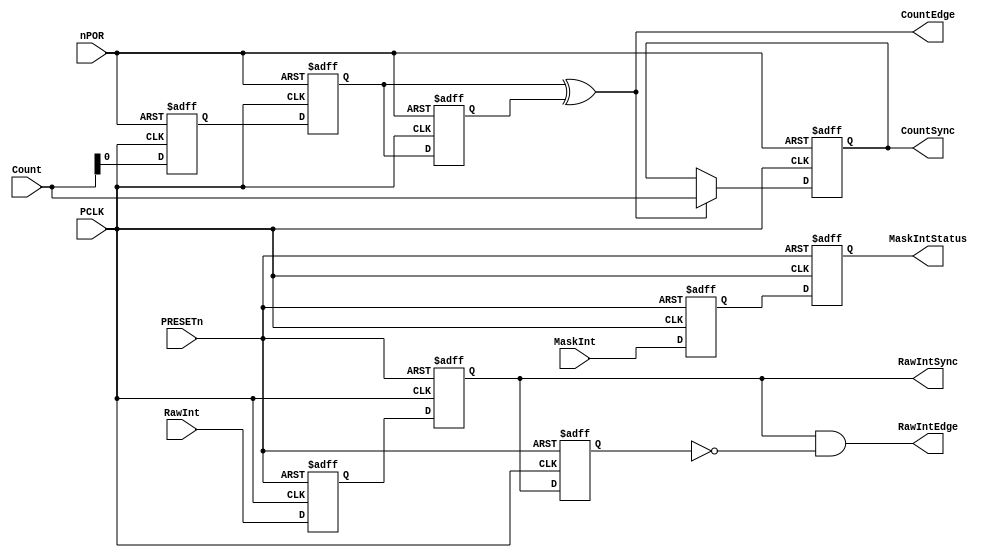
//  ----------------------------------------------------------------------------
//  This confidential and proprietary software may be used only
//  as authorised by a licensing agreement from ARM Limited
//  (C) COPYRIGHT 2001 ARM Limited
//  ALL RIGHTS RESERVED
//  The entire notice above must be reproduced on all authorised copies
//  and copies may only be made to the extent permitted by a
//  licensing agreement from ARM Limited.
//  ----------------------------------------------------------------------------
//
//  Version and Release Control Information :
//
//
//
//  File Revision       : 1.10
//
//  Release Information : PrimeCell(TM)-PL031-REL1v0
//
//------------------------------------------------------------------------------
//
// Purpose              : This block contains synchronisation logic to the
//                        PCLK domain for the RTC.
//------------------------------------------------------------------------------


`timescale 1ns/1ps


module RtcSynctoPCLK (
                    // Inputs
                      PCLK,
                      PRESETn,
                      nPOR,
                      RawInt,
                      MaskInt,
                      Count,
                    // Outputs
                      RawIntSync,
                      RawIntEdge,
                      MaskIntStatus,
                      CountEdge,
                      CountSync
                      );


input         PCLK;           // APB clock
input         PRESETn;        // AMBA reset
input         nPOR;           // Power on reset
input         RawInt;         // Raw interrupt
input         MaskInt;        // Mask interrupt
input  [31:0] Count;          // Count register

output        RawIntSync;     // Synchronised raw interrupt
output        RawIntEdge;     // asserted on a low-high transition of RawIntSync
output        MaskIntStatus;  // Synchronised Mask Interrupt Status
output        CountEdge;      // Counter incrementer signal
output [31:0] CountSync;      // Synchronised count


//------------------------------------------------------------------------------
//
//                             RtcSynctoPCLK
//                             =============
//------------------------------------------------------------------------------
//
// Overview - This block performs the following functions.
// ========
//
// Synchronisation of the Counter value to PCLK.
//
// Synchronisation of the raw and masked interrupt to PCLK.
//
// Generation of the Masked Interrupt Status.
//
// Generation of the Raw Interrupt Status.
//
//==============================================================================


// ----------------------------------------------------------------------------
// Wire declarations
// ----------------------------------------------------------------------------
wire CountEdge;   // asserted after a  rising edge of CLK1HZ
wire RawIntEdge;  // asserted on a low to high transition of RawIntSync

//------------------------------------------------------------------------------
// Register Declarations
//------------------------------------------------------------------------------
reg [31:0] CountSync;     // Synchronised Count
reg [31:0] NextCountSync; // D-input of CountSync
reg RawIntSync1;          // D-input of RawIntSync2, synchronised RawInt
reg RawIntSync;           // D-input of RawIntSync3
reg RawIntSync3;          //
reg MaskIntSync1;         // D-input of MaskIntSync2
reg MaskIntSync2;         // synchronised RawInt
reg Count0Sync1;          // D-input of Count0Sync2
reg Count0Sync2;          // D-input of Count0Sync3, synchronised Count[0]
reg Count0Sync3;          //
//------------------------------------------------------------------------------
//
// Main Verilog code
// =================
//
//------------------------------------------------------------------------------

//------------------------------------------------------------------------------
// Generate delayed version of Count[0].
//------------------------------------------------------------------------------

always @ (posedge PCLK or negedge nPOR)
  begin : p_SeqCount0Sync
    if(nPOR == 1'b0)
      begin
        Count0Sync1 <= 1'b0;
        Count0Sync2 <= 1'b0;
        Count0Sync3 <= 1'b0;
      end
    else
      begin
        Count0Sync1 <= Count[0];
        Count0Sync2 <= Count0Sync1;
        Count0Sync3 <= Count0Sync2;
      end
  end // p_SeqCount0Sync

//------------------------------------------------------------------------------
// Detect low to high transition of LSB of counter value
//------------------------------------------------------------------------------

assign CountEdge = (Count0Sync2 ^ Count0Sync3);

// -----------------------------------------------------------------------------
// Synchronise Counter to PCLK - Combinational
// -----------------------------------------------------------------------------

always @(Count or CountEdge or CountSync)
  begin : p_CombCountSync
    if(CountEdge == 1'b1)
      NextCountSync = Count;
    else
      NextCountSync = CountSync;
  end  // p_CombCountSync

// -----------------------------------------------------------------------------
// Synchronise Counter to PCLK - Sequential
// -----------------------------------------------------------------------------
always @ (posedge PCLK or negedge nPOR)
  begin : p_SeqCountSync
    if(nPOR == 1'b0)
      CountSync <= 32'h00000000;
    else
      CountSync <= NextCountSync;
  end  // p_SeqCountSync


//------------------------------------------------------------------------------
// Synchronise Raw Interrupt to PCLK
//------------------------------------------------------------------------------

always @ (posedge PCLK or negedge PRESETn)
  begin : p_SeqRawIntSync
    if(PRESETn == 1'b0)
      begin
        RawIntSync1 <= 1'b0;
        RawIntSync  <= 1'b0;
      end
    else
      begin
        RawIntSync1 <= RawInt;
        RawIntSync  <= RawIntSync1;
      end
  end // p_SeqRawIntSync

//------------------------------------------------------------------------------
// Detect low to high transition of synchronised raw interrupt signal
// (RawIntSync)
//------------------------------------------------------------------------------
always @ (posedge PCLK or negedge PRESETn)
  begin : p_SeqEdgeDetect
    if(PRESETn == 1'b0)
      RawIntSync3 <= 1'b0;
    else
      RawIntSync3 <= RawIntSync;
  end // p_SeqEdgeDetect

assign RawIntEdge = (RawIntSync && (!RawIntSync3));

//------------------------------------------------------------------------------
// Generate synchronised Masked Interrupt Status
//------------------------------------------------------------------------------
always @ (posedge PCLK or negedge PRESETn)
  begin : p_SeqMIS
    if(PRESETn == 1'b0)
      begin
        MaskIntSync1 <= 1'b0;
        MaskIntSync2 <= 1'b0;
      end
    else
      begin
        MaskIntSync1 <= MaskInt;
        MaskIntSync2 <= MaskIntSync1;
      end
  end // p_SeqMIS

// assign the masked interrupt status
assign MaskIntStatus = MaskIntSync2;



endmodule

//====================End of RtcSynctoPCLK======================================